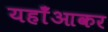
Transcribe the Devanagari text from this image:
यहाँआकर